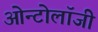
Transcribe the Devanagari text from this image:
ओन्टोलॉजी